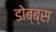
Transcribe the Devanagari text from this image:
डोब्ब्स